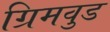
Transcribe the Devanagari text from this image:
ग्रिमवुड